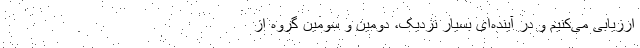
ارزیابی می‌‌کنیم و در آینده‌‌ای بسیار نزدیک، دومین و سومین گروه از